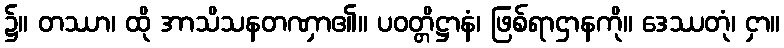
၌။ တဿာ၊ ထို အာသိသနတဏှာ၏။ ပဝတ္တိဋ္ဌာနံ၊ ဖြစ်ရာဌာနကို။ ဒေဿတုံ၊ ငှာ။